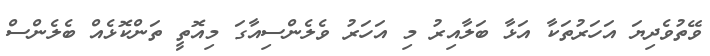
ވޭތުވެދިޔަ އަހަރުތަކާ އަޅާ ބަލާއިރު މި އަހަރު ވެލެންސިއާގަ މިއޮތީ ތަންކޮޅެއް ބެލެންސް